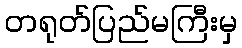
တရုတ်ပြည်မကြီးမှ